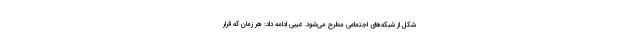
شکل از شبکه‌های اجتماعی مطرح می‌شود. غیبی ادامه داد: هر زمان که قرار